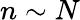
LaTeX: n\sim N